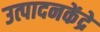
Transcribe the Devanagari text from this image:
उत्पादनकेंद्रे